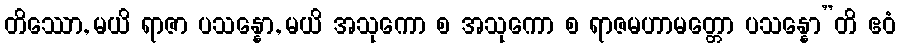
တိဿော, မယိ ရာဇာ ပသန္နော, မယိ အသုကော စ အသုကော စ ရာဇမဟာမတ္တော ပသန္နော”တိ ဧဝံ